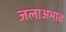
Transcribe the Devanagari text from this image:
जलाअभाव